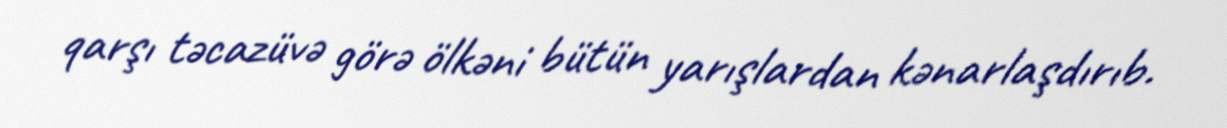
qarşı təcazüvə görə ölkəni bütün yarışlardan kənarlaşdırıb.